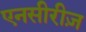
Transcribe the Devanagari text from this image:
एनसीरीज़